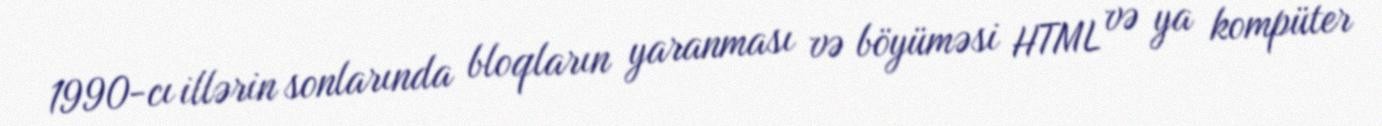
1990-cı illərin sonlarında bloqların yaranması və böyüməsi HTML və ya kompüter